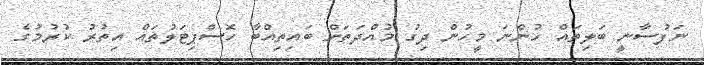
ނަފުސާނީ ބަލިތައް ހުންނަ މީހުން ދިގު މުއްދަތަށް ބައިތިއްބާ ހޮސްޕިޓަލުތައް އިތުރު ކުރުމުގެ